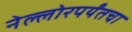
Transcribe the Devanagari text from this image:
नेल्लोरपर्यंतचा